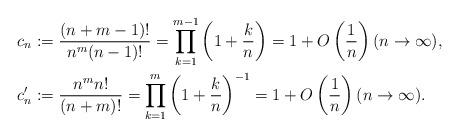
LaTeX: \begin{align*}c_n&:= \frac{(n+m-1)!}{n^m(n-1)!}= \prod^{m-1}_{k=1} \left(1+\frac{k}{n}\right)=1+O\left(\dfrac{1}{n}\right)(n \to \infty), \\c_n'&:= \frac{n^m n!}{(n+m)!} = \prod^{m}_{k=1} \left(1+\frac{k}{n}\right)^{-1}=1+O\left(\dfrac{1}{n}\right)(n \to \infty). \end{align*}